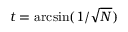
t = \arcsin ( 1 / { \sqrt { N } } )